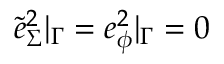
\tilde { e } _ { \Sigma } ^ { 2 } | _ { \Gamma } = e _ { \phi } ^ { 2 } | _ { \Gamma } = 0